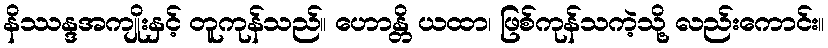
နိဿန္ဒအကျိုးနှင့် တူကုန်သည်။ ဟောန္တိ ယထာ၊ ဖြစ်ကုန်သကဲ့သို့ လည်းကောင်း။